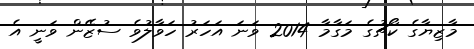
މާޒިޔާގެ ކޯޗުގެ މަގާމާ 2014 ވަނަ އަހަރު ހަވާލުވެ ސުޒޭން ވަނީ އެ